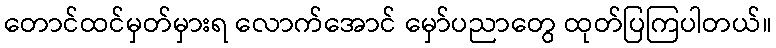
တောင်ထင်မှတ်မှားရ လောက်အောင် မှော်ပညာတွေ ထုတ်ပြကြပါတယ်။